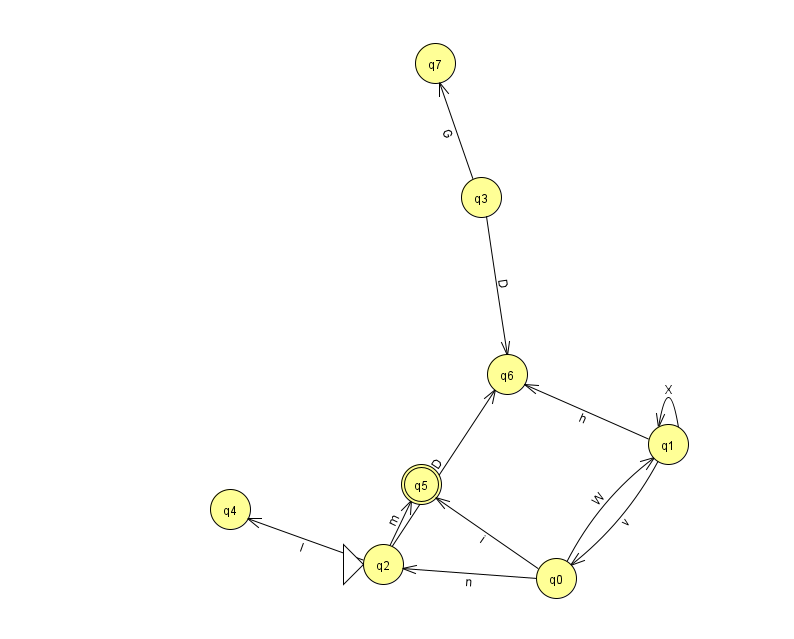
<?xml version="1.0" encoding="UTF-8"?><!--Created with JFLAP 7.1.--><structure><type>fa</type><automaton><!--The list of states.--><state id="0" name="q0"><x>556.0</x><y>565.0</y></state><state id="1" name="q1"><x>668.0</x><y>431.0</y></state><state id="2" name="q2"><x>383.0</x><y>551.0</y><initial/></state><state id="3" name="q3"><x>481.0</x><y>184.0</y></state><state id="4" name="q4"><x>230.0</x><y>496.0</y></state><state id="5" name="q5"><x>421.0</x><y>471.0</y><final/></state><state id="6" name="q6"><x>507.0</x><y>361.0</y></state><state id="7" name="q7"><x>435.0</x><y>50.0</y></state><!--The list of transitions.--><transition><from>2</from><to>5</to><read>m</read></transition><transition><from>0</from><to>1</to><read>W</read></transition><transition><from>1</from><to>0</to><read>v</read></transition><transition><from>2</from><to>6</to><read>D</read></transition><transition><from>0</from><to>5</to><read>i</read></transition><transition><from>1</from><to>1</to><read>X</read></transition><transition><from>1</from><to>6</to><read>h</read></transition><transition><from>2</from><to>4</to><read>I</read></transition><transition><from>0</from><to>2</to><read>n</read></transition><transition><from>3</from><to>6</to><read>D</read></transition><transition><from>3</from><to>7</to><read>G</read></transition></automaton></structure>